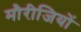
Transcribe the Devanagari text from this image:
मौरीजियों